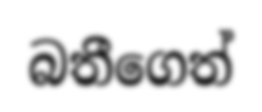
බතීගෙත්